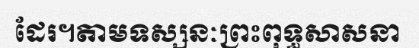
ដែរ។តាមទស្សនៈព្រះពុទ្ធសាសនា